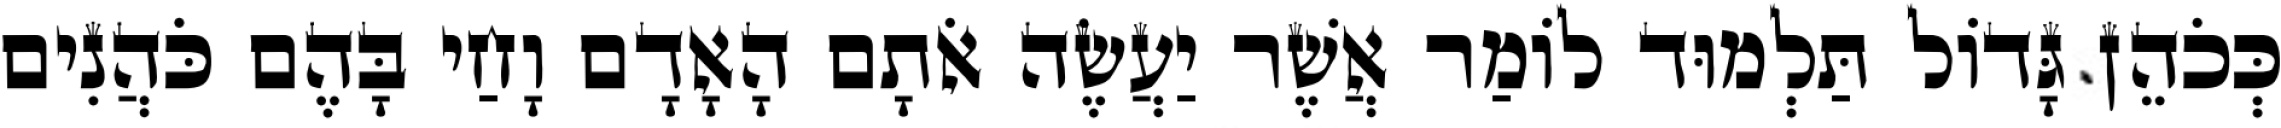
כְּכֹהֵן גָּדוֹל תַּלְמוּד לוֹמַר אֲשֶׁר יַעֲשֶׂה אֹתָם הָאָדָם וָחַי בָּהֶם כֹּהֲנִים